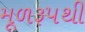
મૂળરૂપથી